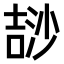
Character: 𣻅